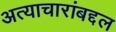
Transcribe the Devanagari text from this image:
अत्याचारांबद्दल